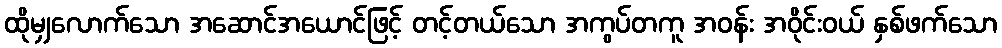
ထိုမျှလောက်သော အဆောင်အယောင်ဖြင့် တင့်တယ်သော အကွပ်တကူ အဝန်း အဝိုင်းဝယ် နှစ်ဖက်သော